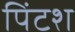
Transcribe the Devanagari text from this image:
पिंटश